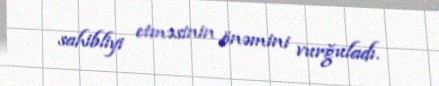
sahibliyi etməsinin önəmini vurğuladı.